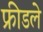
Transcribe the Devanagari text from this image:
फ्रीडले